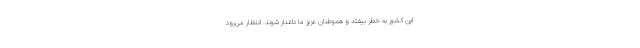
این کشور به خطر بیفتد و هموطنان عزیز ما داغدار شوند. انتظار می‌رود